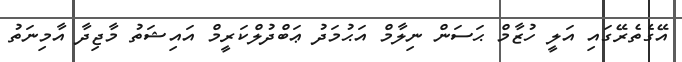
އޭގެތެރޭގައި އަލީ ހުޒާމް ޙަސަން ނިލާމް އަޙުމަދު ޢަބްދުލްކަރީމް އައިޝަތު މާޖިދާ އާމިނަތު